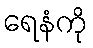
ရေနံကို